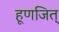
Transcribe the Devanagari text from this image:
हूणजित्‌